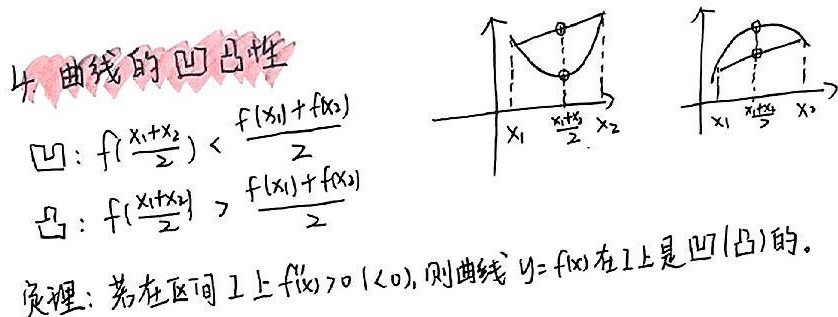
4. 曲线的凹凸性
凹：\(f\left(\frac{x_1 + x_2}{2}\right)<\frac{f(x_1)+f(x_2)}{2}\)
凸：\(f\left(\frac{x_1 + x_2}{2}\right)>\frac{f(x_1)+f(x_2)}{2}\)

定理：若在区间 \(I\) 上 \(f''(x)>0\ (<0)\)，则曲线 \(y = f(x)\) 在 \(I\) 上是凹(凸)的。